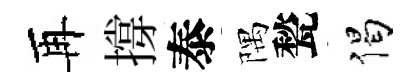
再撐泰隅甃偈